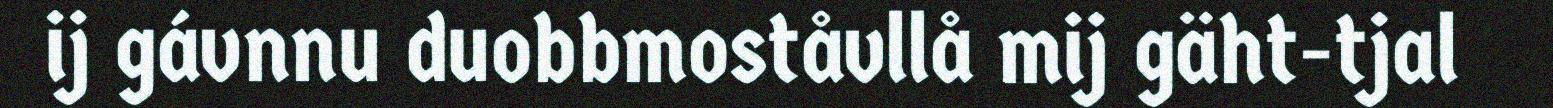
ij gávnnu duobbmoståvllå mij gäht-tjal